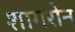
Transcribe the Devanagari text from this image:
शागरोन